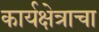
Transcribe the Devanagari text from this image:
कार्यक्षेत्राचा